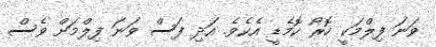
ވަނަ ފިލްމަކީ ހޮރޯ ކޮމެޑީ އެކެވެ. އަދި ފަސް ވަނަ ފިލްމަށް ވެސް